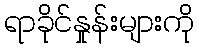
ရာခိုင်နှုန်းများကို